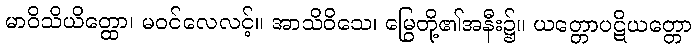
မာဝိသိယိတ္ထော၊ မဝင်လေလင့်။ အာသိဝိသေ၊ မြွေတို့၏အနီး၌။ ယတ္တောပဋိယတ္တော